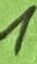
Text: 1